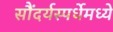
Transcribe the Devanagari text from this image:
सौंदर्यस्पर्धेमध्ये